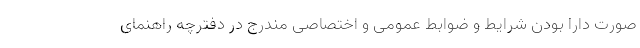
صورت دارا بودن شرایط و ضوابط عمومی و اختصاصی مندرج در دفترچه راهنمای